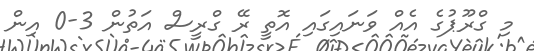
މި ގްރޫޕުގެ އެއް ވަނައިގައި އޮތީ ރޭ ގްރީސް އަތުން 3-0 އިން